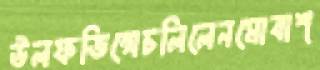
উলফভিন্সেচলিলেনমোবাশ্